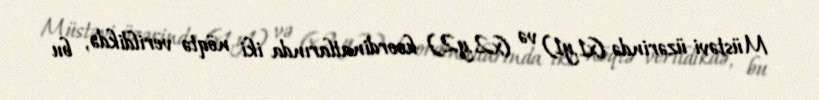
Müstəvi üzərində (x1,y1) və (x2,y2) koordinatlarında iki nöqtə verildikdə, bu